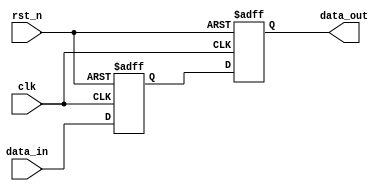
// SPDX-License-Identifier: Apache-2.0
// Copyright (C) 2022 HCL Technologies Ltd.
// Copyright (C) 2022 Blue Cheetah Analog Design, Inc.
// Copyright (C) 2021 Intel Corporation. 

module aib_bit_sync
  #(
    parameter DWIDTH = 1'b1,    // Sync Data input
    parameter [DWIDTH-1:0] RESET_VAL = {DWIDTH{1'b0}}  // Reset value
    )
    (
    input  wire              clk,     // clock
    input  wire              rst_n,   // async reset
    input  wire [DWIDTH-1:0] data_in, // data in
    output wire [DWIDTH-1:0] data_out // data out
     );

   reg [DWIDTH-1:0]  dff2;
   reg [DWIDTH-1:0]  dff1;

   always @(posedge clk or negedge rst_n)
      if (!rst_n) begin
         dff2     <= RESET_VAL; 
         dff1     <= RESET_VAL; 
      end
      else begin
         dff2     <= dff1;
         dff1     <= data_in;
      end

   assign data_out = dff2;


endmodule // aib_bit_sync